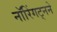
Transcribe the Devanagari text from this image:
नॉरिंगट्नने